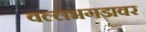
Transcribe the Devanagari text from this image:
वल्लभगडावर